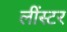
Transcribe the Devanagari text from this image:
लींस्टर